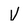
Character: V